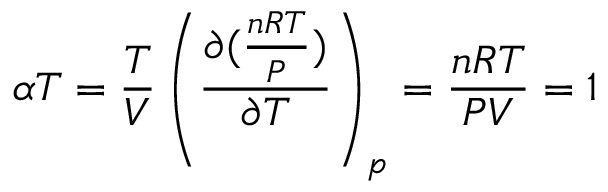
\alpha T = { \frac { T } { V } } \left( { \frac { \partial ( { \frac { n R T } { P } } ) } { \partial T } } \right) _ { p } = { \frac { n R T } { P V } } = 1